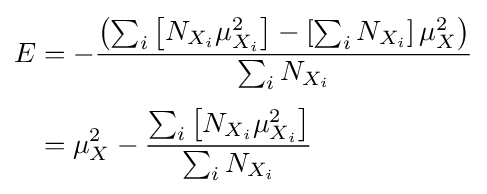
{\begin{aligned}E&=-{\frac {\left(\sum _{i}\left[N_{X_{i}}\mu _{X_{i}}^{2}\right]-\left[\sum _{i}N_{X_{i}}\right]\mu _{X}^{2}\right)}{\sum _{i}N_{X_{i}}}}\\[3pt]&=\mu _{X}^{2}-{\frac {\sum _{i}\left[N_{X_{i}}\mu _{X_{i}}^{2}\right]}{\sum _{i}N_{X_{i}}}}\end{aligned}}